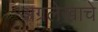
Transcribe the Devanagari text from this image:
अग्रलेखाचे